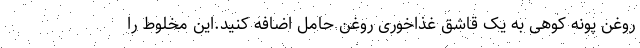
روغن پونه کوهی به یک قاشق غذاخوری روغن حامل اضافه کنید.این مخلوط را